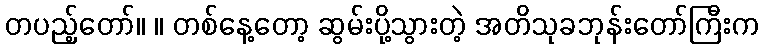
တပည့်တော်။ ။ တစ်နေ့တော့ ဆွမ်းပို့သွားတဲ့ အတိသုခဘုန်းတော်ကြီးက